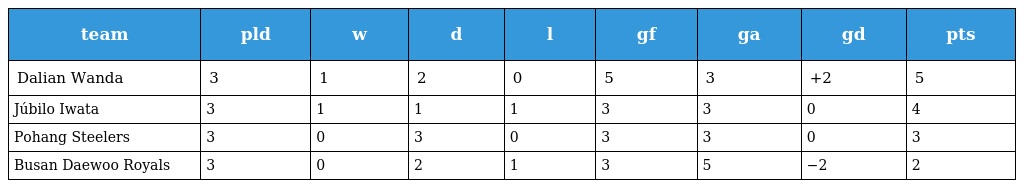
| team | pld | w | d | l | gf | ga | gd | pts |
 | --- | --- | --- | --- | --- | --- | --- | --- | --- |
 | Dalian Wanda | 3 | 1 | 2 | 0 | 5 | 3 | +2 | 5 |
 | Júbilo Iwata | 3 | 1 | 1 | 1 | 3 | 3 | 0 | 4 |
 | Pohang Steelers | 3 | 0 | 3 | 0 | 3 | 3 | 0 | 3 |
 | Busan Daewoo Royals | 3 | 0 | 2 | 1 | 3 | 5 | −2 | 2 |